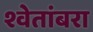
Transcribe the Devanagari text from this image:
श्वेतांबरा